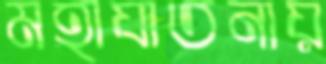
মহাযাতনায়